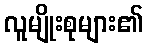
လူမျိုးစုများ၏